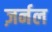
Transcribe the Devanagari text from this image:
ज़र्नल